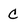
Character: C